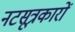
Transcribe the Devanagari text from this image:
नटसूत्रकारों